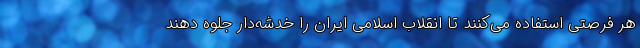
هر فرصتی استفاده می‌کنند تا انقلاب اسلامی ایران را خدشه‌دار جلوه دهند